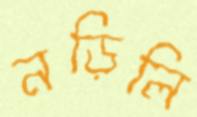
নড়িলি